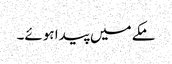
مکے میں پیدا ہوئے۔